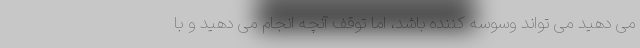
می دهید می تواند وسوسه کننده باشد، اما توقف آنچه انجام می دهید و با